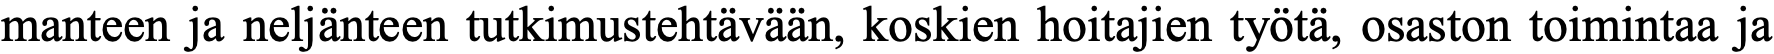
manteen ja neljänteen tutkimustehtävään, koskien hoitajien työtä, osaston toimintaa ja